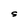
Character: S